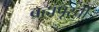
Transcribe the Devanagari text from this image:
ब्रह्मपूरची